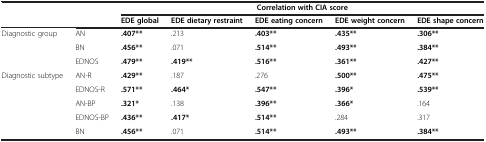
|  |  | <COLSPAN=5> Correlation with CIA score |
 |  |  | EDE global | EDE dietary restraint | EDE eating concern | EDE weight concern | EDE shape concern |
 | --- | --- | --- | --- | --- | --- | --- |
 | <ROWSPAN=3> Diagnostic group | AN | .407** | .213 | .403** | .435** | .306** |
 | BN | .456** | .071 | .514** | .493** | .384** |
 | EDNOS | .479** | .419** | .516** | .361** | .427** |
 | Diagnostic subtype | AN-R | .429** | .187 | .276 | .500** | .475** |
 |  | EDNOS-R | .571** | .464* | .547** | .396* | .539** |
 |  | AN-BP | .321* | .138 | .396** | .366* | .164 |
 |  | EDNOS-BP | .436** | .417* | .514** | .284 | .317 |
 |  | BN | .456** | .071 | .514** | .493** | .384** |